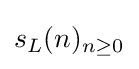
s_{L}(n)_{n\geq 0}